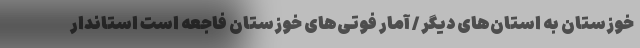
خوزستان به استان‌های دیگر / آمار فوتی‌های خوزستان فاجعه است استاندار